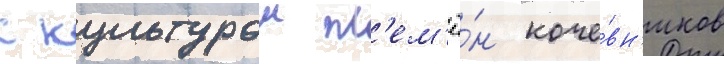
с культурои пл'ем'ё́н коче́вн'иков